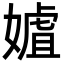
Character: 㜘